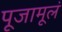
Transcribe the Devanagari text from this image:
पूजामूलं